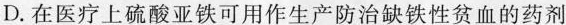
D.在医疗上硫酸亚铁可用作生产防治缺铁性贫血的药剂